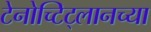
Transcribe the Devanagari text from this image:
टेनोच्टिट्लानच्या